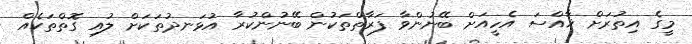
މީގެ އިތުރަށް ޚާއްސަ އެހީއަށް ބޭނުންވާ ފަރާތްތަކުން ބޭނުންކުރާ އުޅަނދުތަކަށް ލުއި ގޮތްތަކެއް